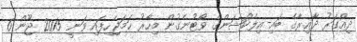
ދިއްގަރު ދާއިރާގެ ބައި-އިލެކްޝަންގެ ވޯޓުނެގުން މިހާރު ހަމަޖެހިފައި ވަނީ 2015 ޖޫން 6